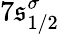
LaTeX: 7\mathfrak{s}_{1/2}^{\sigma}